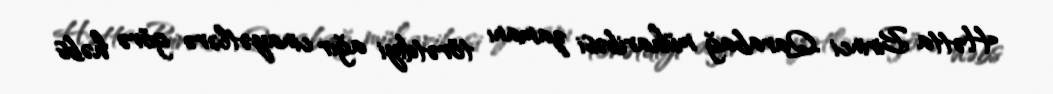
Hətta Birinci Qarabağ müharibəsi zamanı törətdiyi ağır cinayətlərə görə həbs